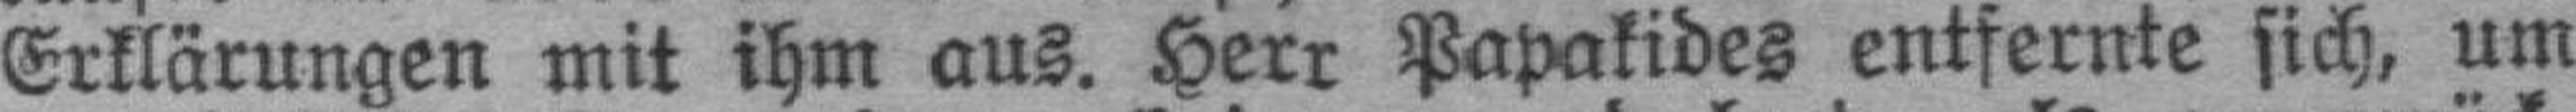
Erklärungen mit ihm aus. Herr Papakides entfernte sich, um